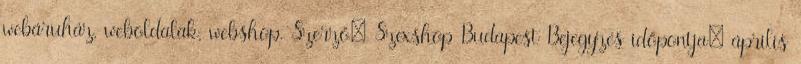
webáruház, weboldalak, webshop. Szerző: Szexshop Budapest Bejegyzés időpontja: április